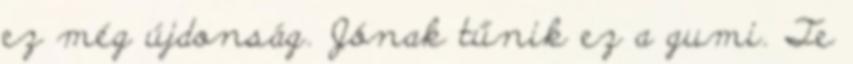
ez még újdonság. Jónak tűnik ez a gumi. Te